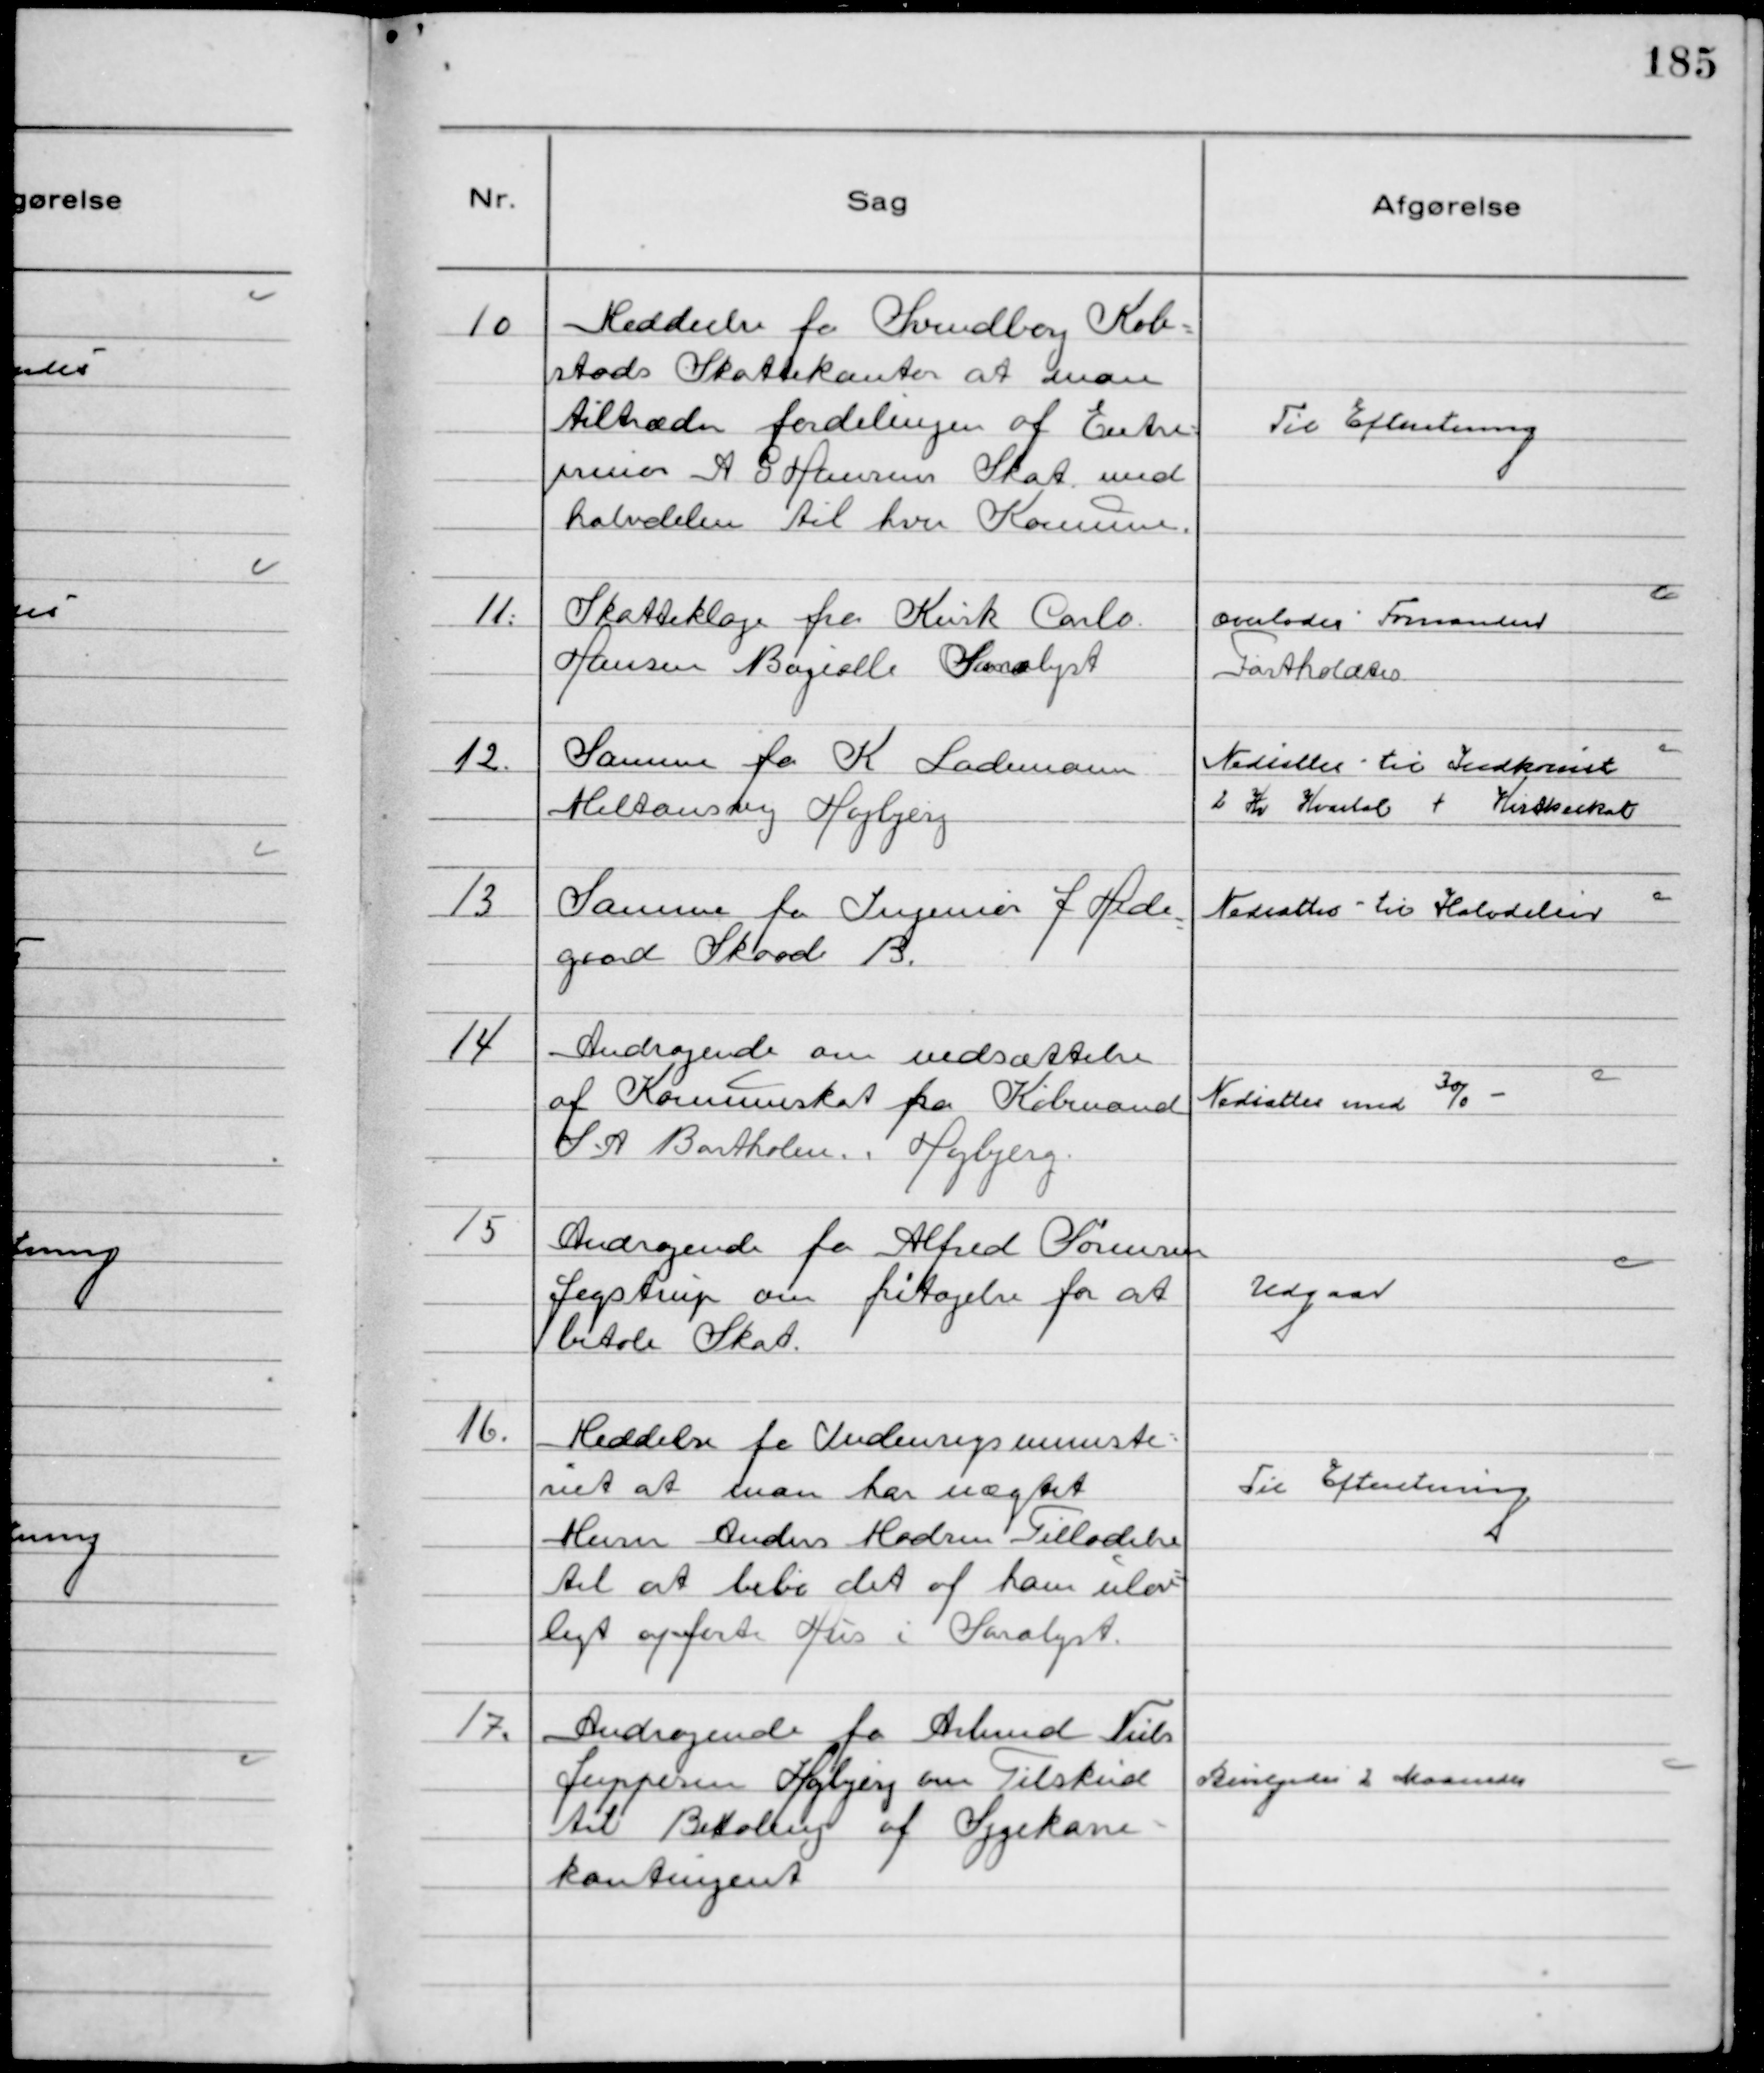
Transskription:
10
Meddeelse fra Svendborg Køb-
stads Skattekontor at man
tiltræder fordelingen af Entre-
prenør A G Hansens Skat med
halvdelen til hver Kommune.

Til Efteretning

11.
Skatteklage fra Kusk Carlo
Hansen Bøgealle Saralyst

overlodes Formanden
Fastholdtes

12.
Samme fra K Lademann
Miltonsvej Højbjerg

Nedsattes til Indkomst
2 Kr Kvartal + Kirkeskat

13
Samme fra Ingeniør J Hede
gaard Skaade B.

Nedsattes til Halvdelen

14
Andragende om Udsættelse
af Kommuneskat fra Købmand
S.A. Bartholm. Højbjerg.

Nedsattes med 30/0

15
Andragende fra Alfred Sørensen
Jegstrup om fritagelse for at
betale Skat.

Udgaar

16.
Meddelse fra Indenrigsministe-
riet at man har nægtet
Murer Anders Madsen Tilladelse
til at bebo det af ham ulov-
ligt opførte Hus i Saralyst.

Til Efteretning

17.
Andragende fra Arbmd Niels
Jeppesen Højbjerg om Tilskud
til Betaling af Sygekasse-
kontingent

Bevilgedes 2 Maaneder